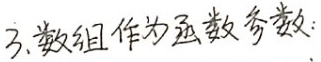
3.数组作为函数参数：